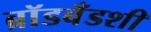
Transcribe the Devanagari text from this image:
ब्रॉडबँडशी